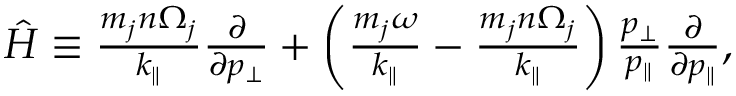
\begin{array} { r } { \hat { H } \equiv \frac { m _ { j } n \Omega _ { j } } { k _ { \parallel } } \frac { \partial } { \partial p _ { \perp } } + \left( \frac { m _ { j } \omega } { k _ { \parallel } } - \frac { m _ { j } n \Omega _ { j } } { k _ { \parallel } } \right) \frac { p _ { \perp } } { p _ { \parallel } } \frac { \partial } { \partial p _ { \parallel } } , } \end{array}